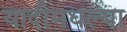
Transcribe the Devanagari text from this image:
यादीमधल्या